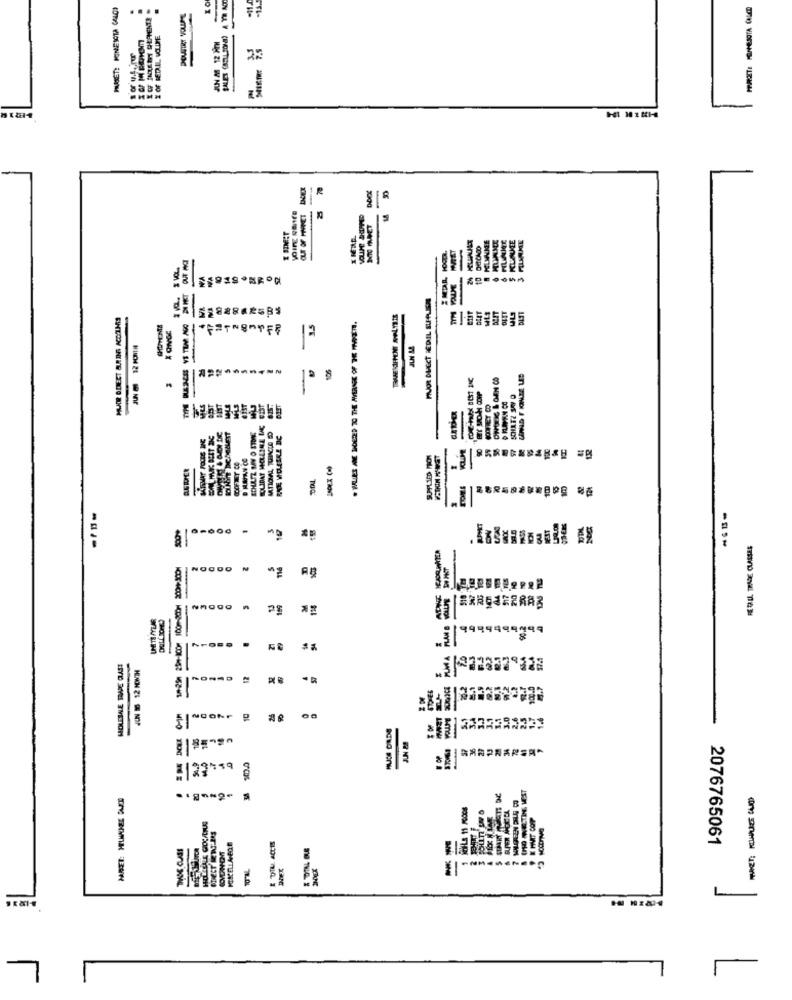
....
OF BEDULL VOLPE
$1
5
14
-
YN
PIOR DIRECT REDIL SUFALLOS
MUDR DIRECT GULINS ACCOUNTS
ULS
1.5
5
SCHULTE SRY O
MLS
8
SCHULTZ SAY O STONE
00
ME
NOC
.
CHXXTIRO
33
Ohr
MUSS DADE
:19
POISCELLANEO
2076765061
L